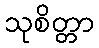
သုစိတ္တာ